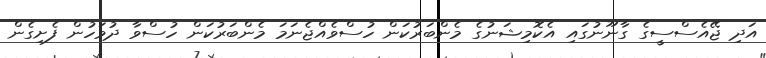
އަދި ޖޭއެސްސީގެ ގާނޫނުގައި އެކޮމިޝަނުގެ މެންބަރުކަން ހުސްވެއްޖެނަމަ މެންބަރުކަން ހުސްވާ ދުވަހުން ފެށިގެން